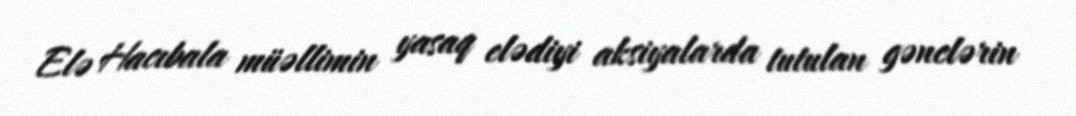
Elə Hacıbala müəllimin yasaq elədiyi aksiyalarda tutulan gənclərin